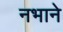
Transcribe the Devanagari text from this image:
नभाने